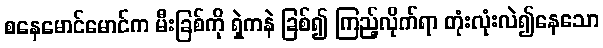
စနေမောင်မောင်က မီးခြစ်ကို ရှဲကနဲ ခြစ်၍ ကြည့်လိုက်ရာ တုံးလုံးလဲ၍နေသော